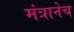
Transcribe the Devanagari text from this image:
मंत्रानेच